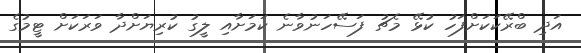
އަދި ބްރޭކަކަށްފަހު ކުޅޭ މެޗު ފަސޭހަނުވާނެ ކަމަށާއި ލީގު ކުރިޔަށްދާ ވަރަކަށް ޓީމުގެ